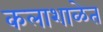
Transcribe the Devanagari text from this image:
कलाशाळेत